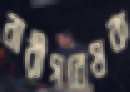
নারীগবেষক